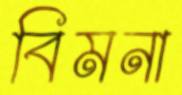
বিমনা